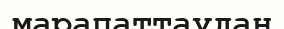
марапаттаудан